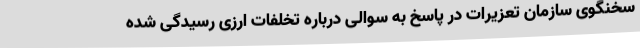
سخنگوی سازمان تعزیرات در پاسخ به سوالی درباره تخلفات ارزی رسیدگی شده